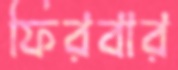
ফিরবার